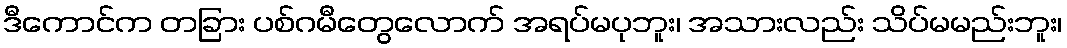
ဒီကောင်က တခြား ပစ်ဂမီတွေလောက် အရပ်မပုဘူး၊ အသားလည်း သိပ်မမည်းဘူး၊